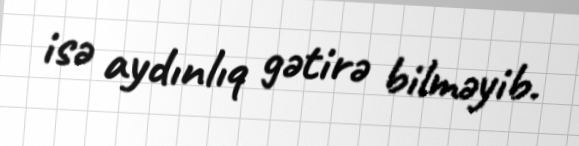
isə aydınlıq gətirə bilməyib.